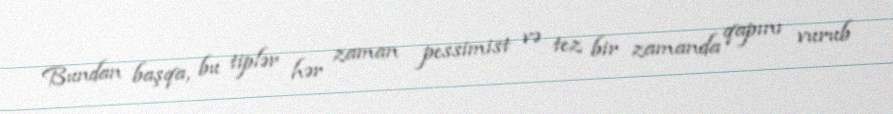
Bundan başqa, bu tiplər hər zaman pessimist və tez bir zamanda qapını vurub